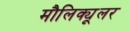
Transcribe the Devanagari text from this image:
मौलिक्यूलर